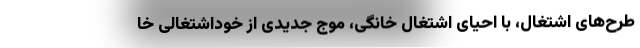
طرح‌های اشتغال، با احیای اشتغال خانگی، موج جدیدی از خوداشتغالی خا